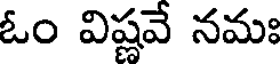
ఓం విష్ణవే నమః